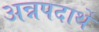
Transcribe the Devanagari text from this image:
अन्नपदार्थे